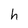
Character: h